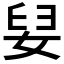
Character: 𮱅